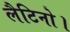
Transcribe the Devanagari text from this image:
लैटिनो।